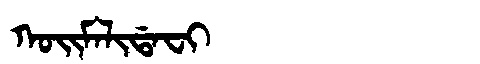
Manchu: ᡴᠣᡳᠮᠠᠯᡳᡩᠠᠸᡳ
Romanization: KOIMALIDAFI